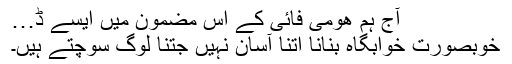
آج ہم ھومی فائی کے اس مضمون میں ایسے ڈ…
خوبصورت خوابگاہ بنانا اتنا آسان نہیں جتنا لوگ سوچتے ہیں۔